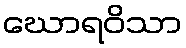
ဃောရဝိသာ